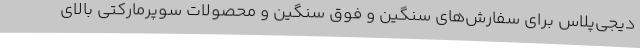
دیجی‌پلاس برای سفارش‌های سنگین و فوق سنگین و محصولات سوپرمارکتی بالای